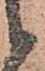
候